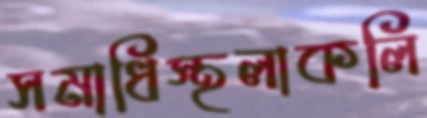
সমাধিস্থলাকলি